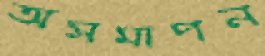
অসমাপন